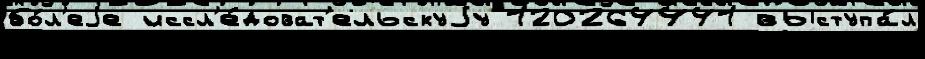
бо́л'еjе иссл'е́доват'ельскуjу 120264441 выступа́л